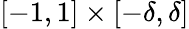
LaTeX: [-1,1]\times[-\delta,\delta]